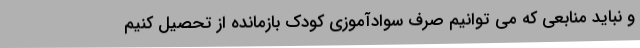
و نباید منابعی که می توانیم صرف سوادآموزی کودک بازمانده از تحصیل کنیم